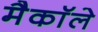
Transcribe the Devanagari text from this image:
मैकाॅले